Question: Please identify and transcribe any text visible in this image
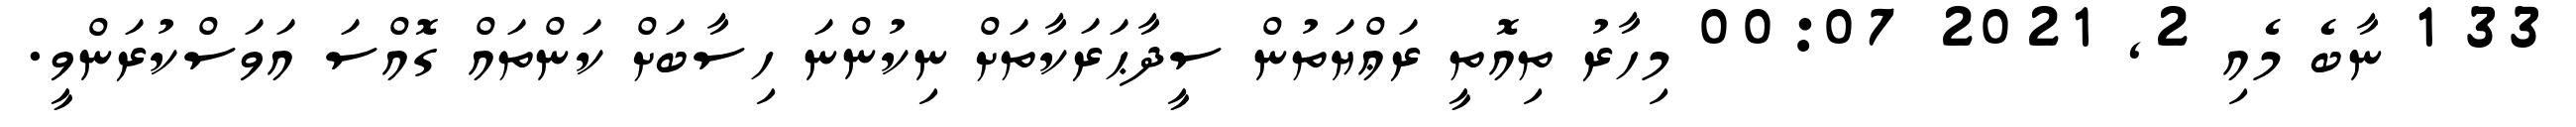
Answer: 33 1 ނާބެ މެއި 2, 2021 00:07 މިހާރު ތިއޮތީ ރަޢްޔަތުން ސީދާޙަރަކާތަށް ނިކުންނަ ހިސާބަށް ކަންތައް ގޮއްސަ އަވަސްކުރަންވީ.